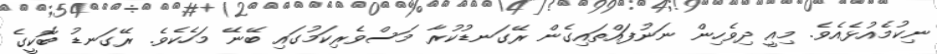
ނިކުމެއުޅެއެވެ. މިއީ ދިވެހިން ނަނުފައްތައިގެން ރޭގަނޑުކުރާ މަސްވެރިކަމުގައި ބޭނޭ މަހެކެވެ. ރޭގަނޑު ބޮކީގެ